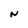
Character: N